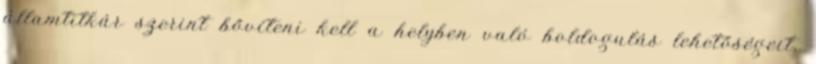
államtitkár szerint bővíteni kell a helyben való boldogulás lehetőségeit,